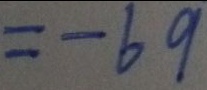
= - 6 9